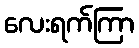
လေးရက်ကြာ